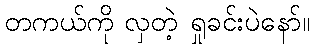
တကယ်ကို လှတဲ့ ရှုခင်းပဲနော်။